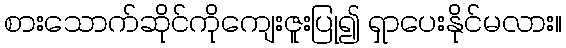
စားသောက်ဆိုင်ကိုကျေးဇူးပြု၍ ရှာပေးနိုင်မလား။